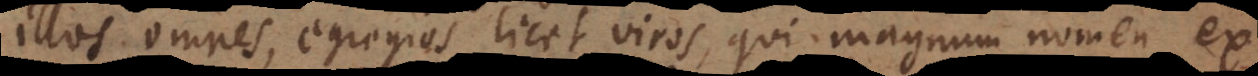
illos omnes, egregios licet viros, qui magnum nomen ex